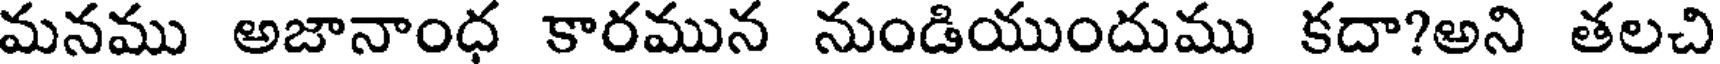
మనము అజానాంధ కారమున నుండియుందుము కదా?అని తలచి